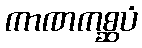
ကာဏကစ္ဆပံ